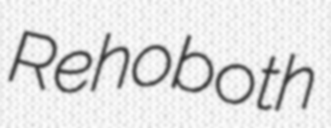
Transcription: Rehoboth